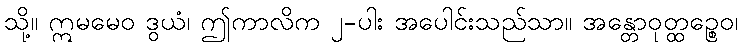
သို့။ ဣမမေဝ ဒွယံ၊ ဤကာလိက ၂-ပါး အပေါင်းသည်သာ။ အန္တောဝုတ္ထဉ္စေဝ၊